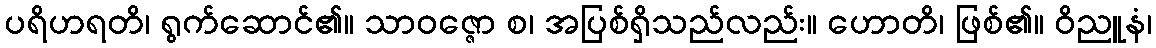
ပရိဟရတိ၊ ရွက်ဆောင်၏။ သာဝဇ္ဇော စ၊ အပြစ်ရှိသည်လည်း။ ဟောတိ၊ ဖြစ်၏။ ဝိညူနံ၊